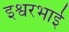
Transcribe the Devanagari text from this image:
इश्वरभाई